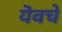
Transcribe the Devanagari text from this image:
यॆवचे